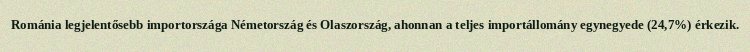
Románia legjelentősebb importországa Németország és Olaszország, ahonnan a teljes importállomány egynegyede (24,7%) érkezik.